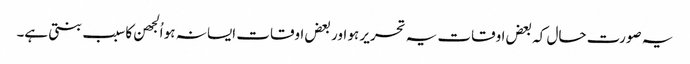
یہ صورت حال کہ بعض اوقات یہ تحریر ہو اور بعض اوقات ایسا نہ ہو اُلجھن کا سبب بنتی ہے۔